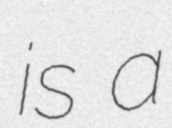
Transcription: is a